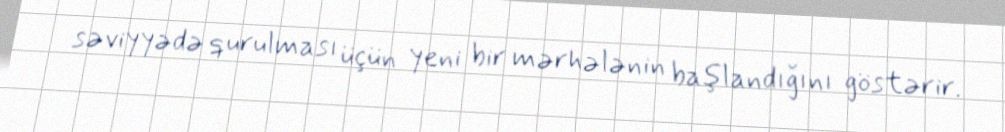
səviyyədə qurulması üçün yeni bir mərhələnin başlandığını göstərir.